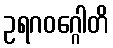
ဥရဂဝဂ္ဂေါတိ